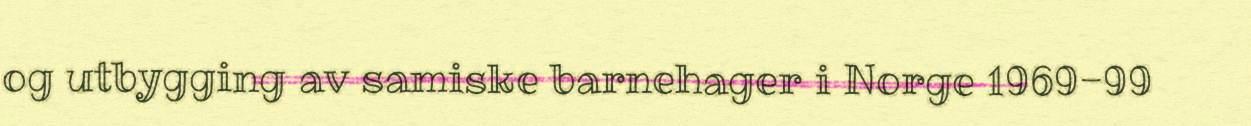
og utbygging av samiske barnehager i Norge 1969-99